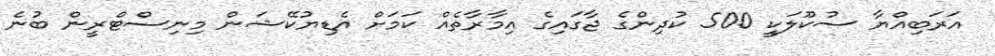
އަރަބިއްޔާ ސުކޫލަކީ 500 ކުދިންގެ ޖާގައިގެ އިމާރާތެއް ކަމަށް އެޑިޔުކޭޝަން މިނިސްޓްރީން ބުނެ